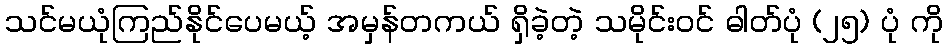
သင်မယုံကြည်နိုင်ပေမယ့် အမှန်တကယ် ရှိခဲ့တဲ့ သမိုင်းဝင် ဓါတ်ပုံ (၂၅) ပုံ ကို